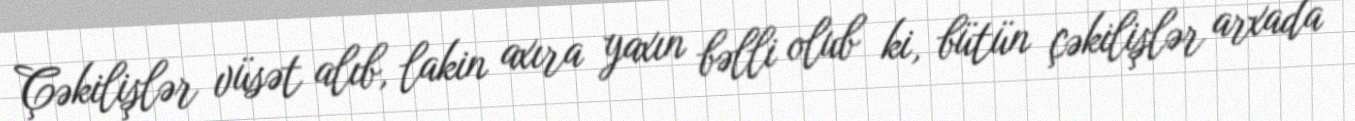
Çəkilişlər vüsət alıb, lakin axıra yaxın bəlli olub ki, bütün çəkilişlər arxada